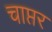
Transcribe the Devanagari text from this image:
चाप्तर